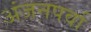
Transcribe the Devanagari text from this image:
अंजनपर्वा